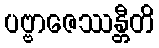
ပဗ္ဗာဇေဿန္တီတိ